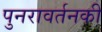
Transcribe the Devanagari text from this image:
पुनरावर्तनकी